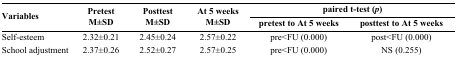
| <ROWSPAN=3> Variables | <ROWSPAN=3> Pretest M±SD | <ROWSPAN=3> Posttest M±SD | <ROWSPAN=3> At 5 weeks M±SD | <COLSPAN=2> paired t-test (p) |
 | pretest to At 5 weeks | posttest to At 5 weeks |
 | --- | --- | --- | --- | --- | --- |
 | Self-esteem | 2.32±0.21 | 2.45±0.24 | 2.57±0.22 | pre<FU (0.000) | post<FU (0.000) |
 | School adjustment | 2.37±0.26 | 2.52±0.27 | 2.57±0.25 | pre<FU (0.000) | NS (0.255) |